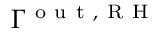
\Gamma ^ { \mathrm { ~ o ~ u ~ t ~ , ~ R ~ H ~ } }